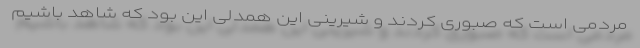
مردمی است که صبوری کردند و شیرینی این همدلی این بود که شاهد باشیم